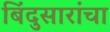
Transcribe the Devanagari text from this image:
बिंदुसारांचा